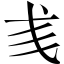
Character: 𢦑